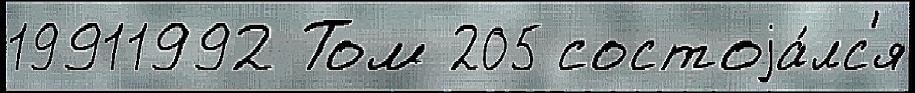
19911992 Том 205 состоjа́лс'я